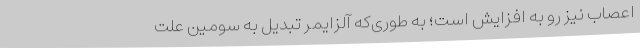
اعصاب نیز رو به افزایش است؛ به طوری‌که آلزایمر تبدیل به سومین علت